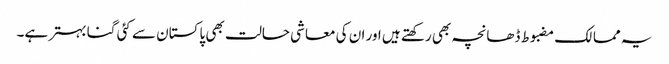
یہ ممالک مضبوط ڈھانچہ بھی رکھتے ہیں اور ان کی معاشی حالت بھی پاکستان سے کئی گنا بہتر ہے۔